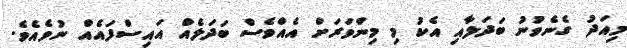
މިއަދު ގެނެވުނު ބަދަލާއި އެކު މި މިންވަރަށް އެއްވެސް ބަދަލެއް އައިސްފައެއް ނުވެއެވެ.